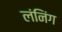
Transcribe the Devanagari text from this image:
लंनिंग